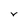
Character: v